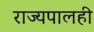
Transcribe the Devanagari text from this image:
राज्यपालही